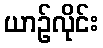
ယာဉ်လိုင်း